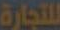
للتجارة